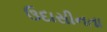
ઉદાસીનતા